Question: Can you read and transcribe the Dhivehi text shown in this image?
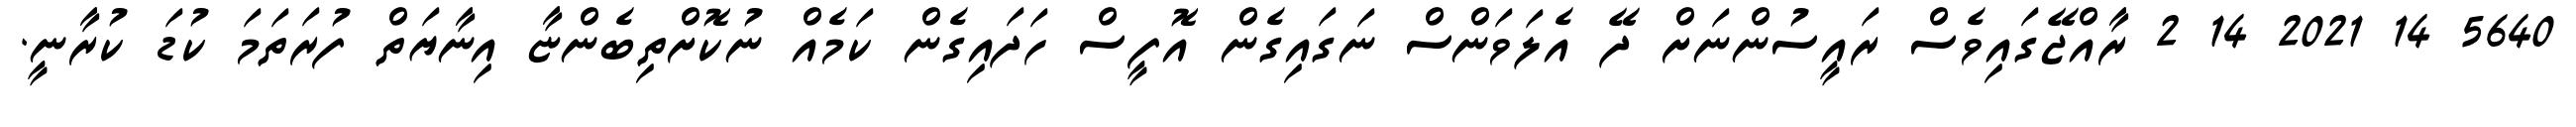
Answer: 5640 14 2021 14 2 ރާއްޖޭގައިވެސް ރައީސުންނަށް ދޭ އެލަވަންސް ނަގައިގެން އޮފީސް ހަދައިގެން ކަމެއް ނުކޮށްތިބެންޏާ އިނާޔަތް ފުރަތަމަ ކުޑަ ކުރާނީ.